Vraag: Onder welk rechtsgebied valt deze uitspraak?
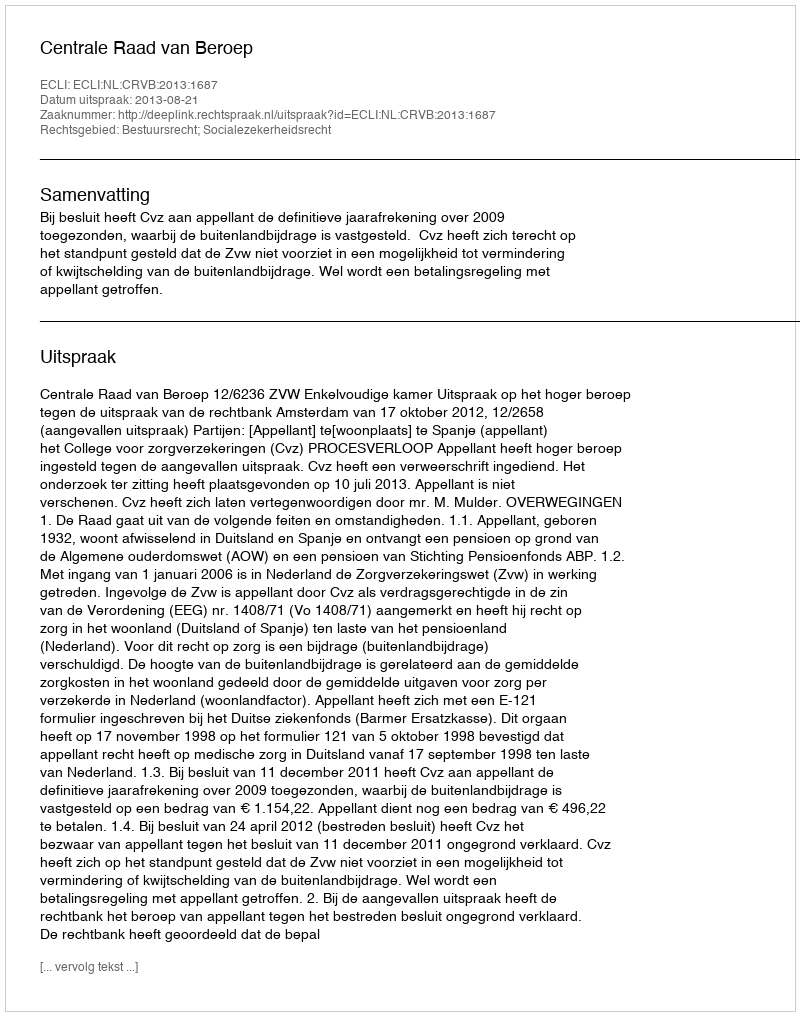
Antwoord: Bestuursrecht; Socialezekerheidsrecht